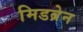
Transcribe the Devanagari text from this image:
मिडब्रेन